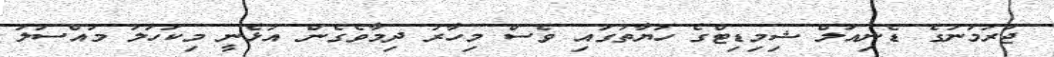
ޖަރުމަނުގެ ޑެނިއަލް ޝިމިޑިޓްގެ ހަޔާތުގައި ވެސް މިހާރު ދިމާވެގެން އުޅެނީ މިކަހަލަ މައްސަލަ